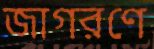
জাগরণে